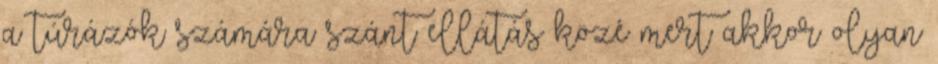
a túrázók számára szánt ellátás közé mert akkor olyan